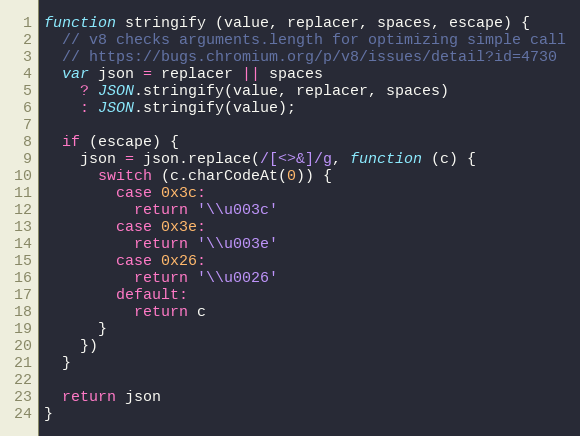
Language: JavaScript
function stringify (value, replacer, spaces, escape) {
  // v8 checks arguments.length for optimizing simple call
  // https://bugs.chromium.org/p/v8/issues/detail?id=4730
  var json = replacer || spaces
    ? JSON.stringify(value, replacer, spaces)
    : JSON.stringify(value);

  if (escape) {
    json = json.replace(/[<>&]/g, function (c) {
      switch (c.charCodeAt(0)) {
        case 0x3c:
          return '\\u003c'
        case 0x3e:
          return '\\u003e'
        case 0x26:
          return '\\u0026'
        default:
          return c
      }
    })
  }

  return json
}